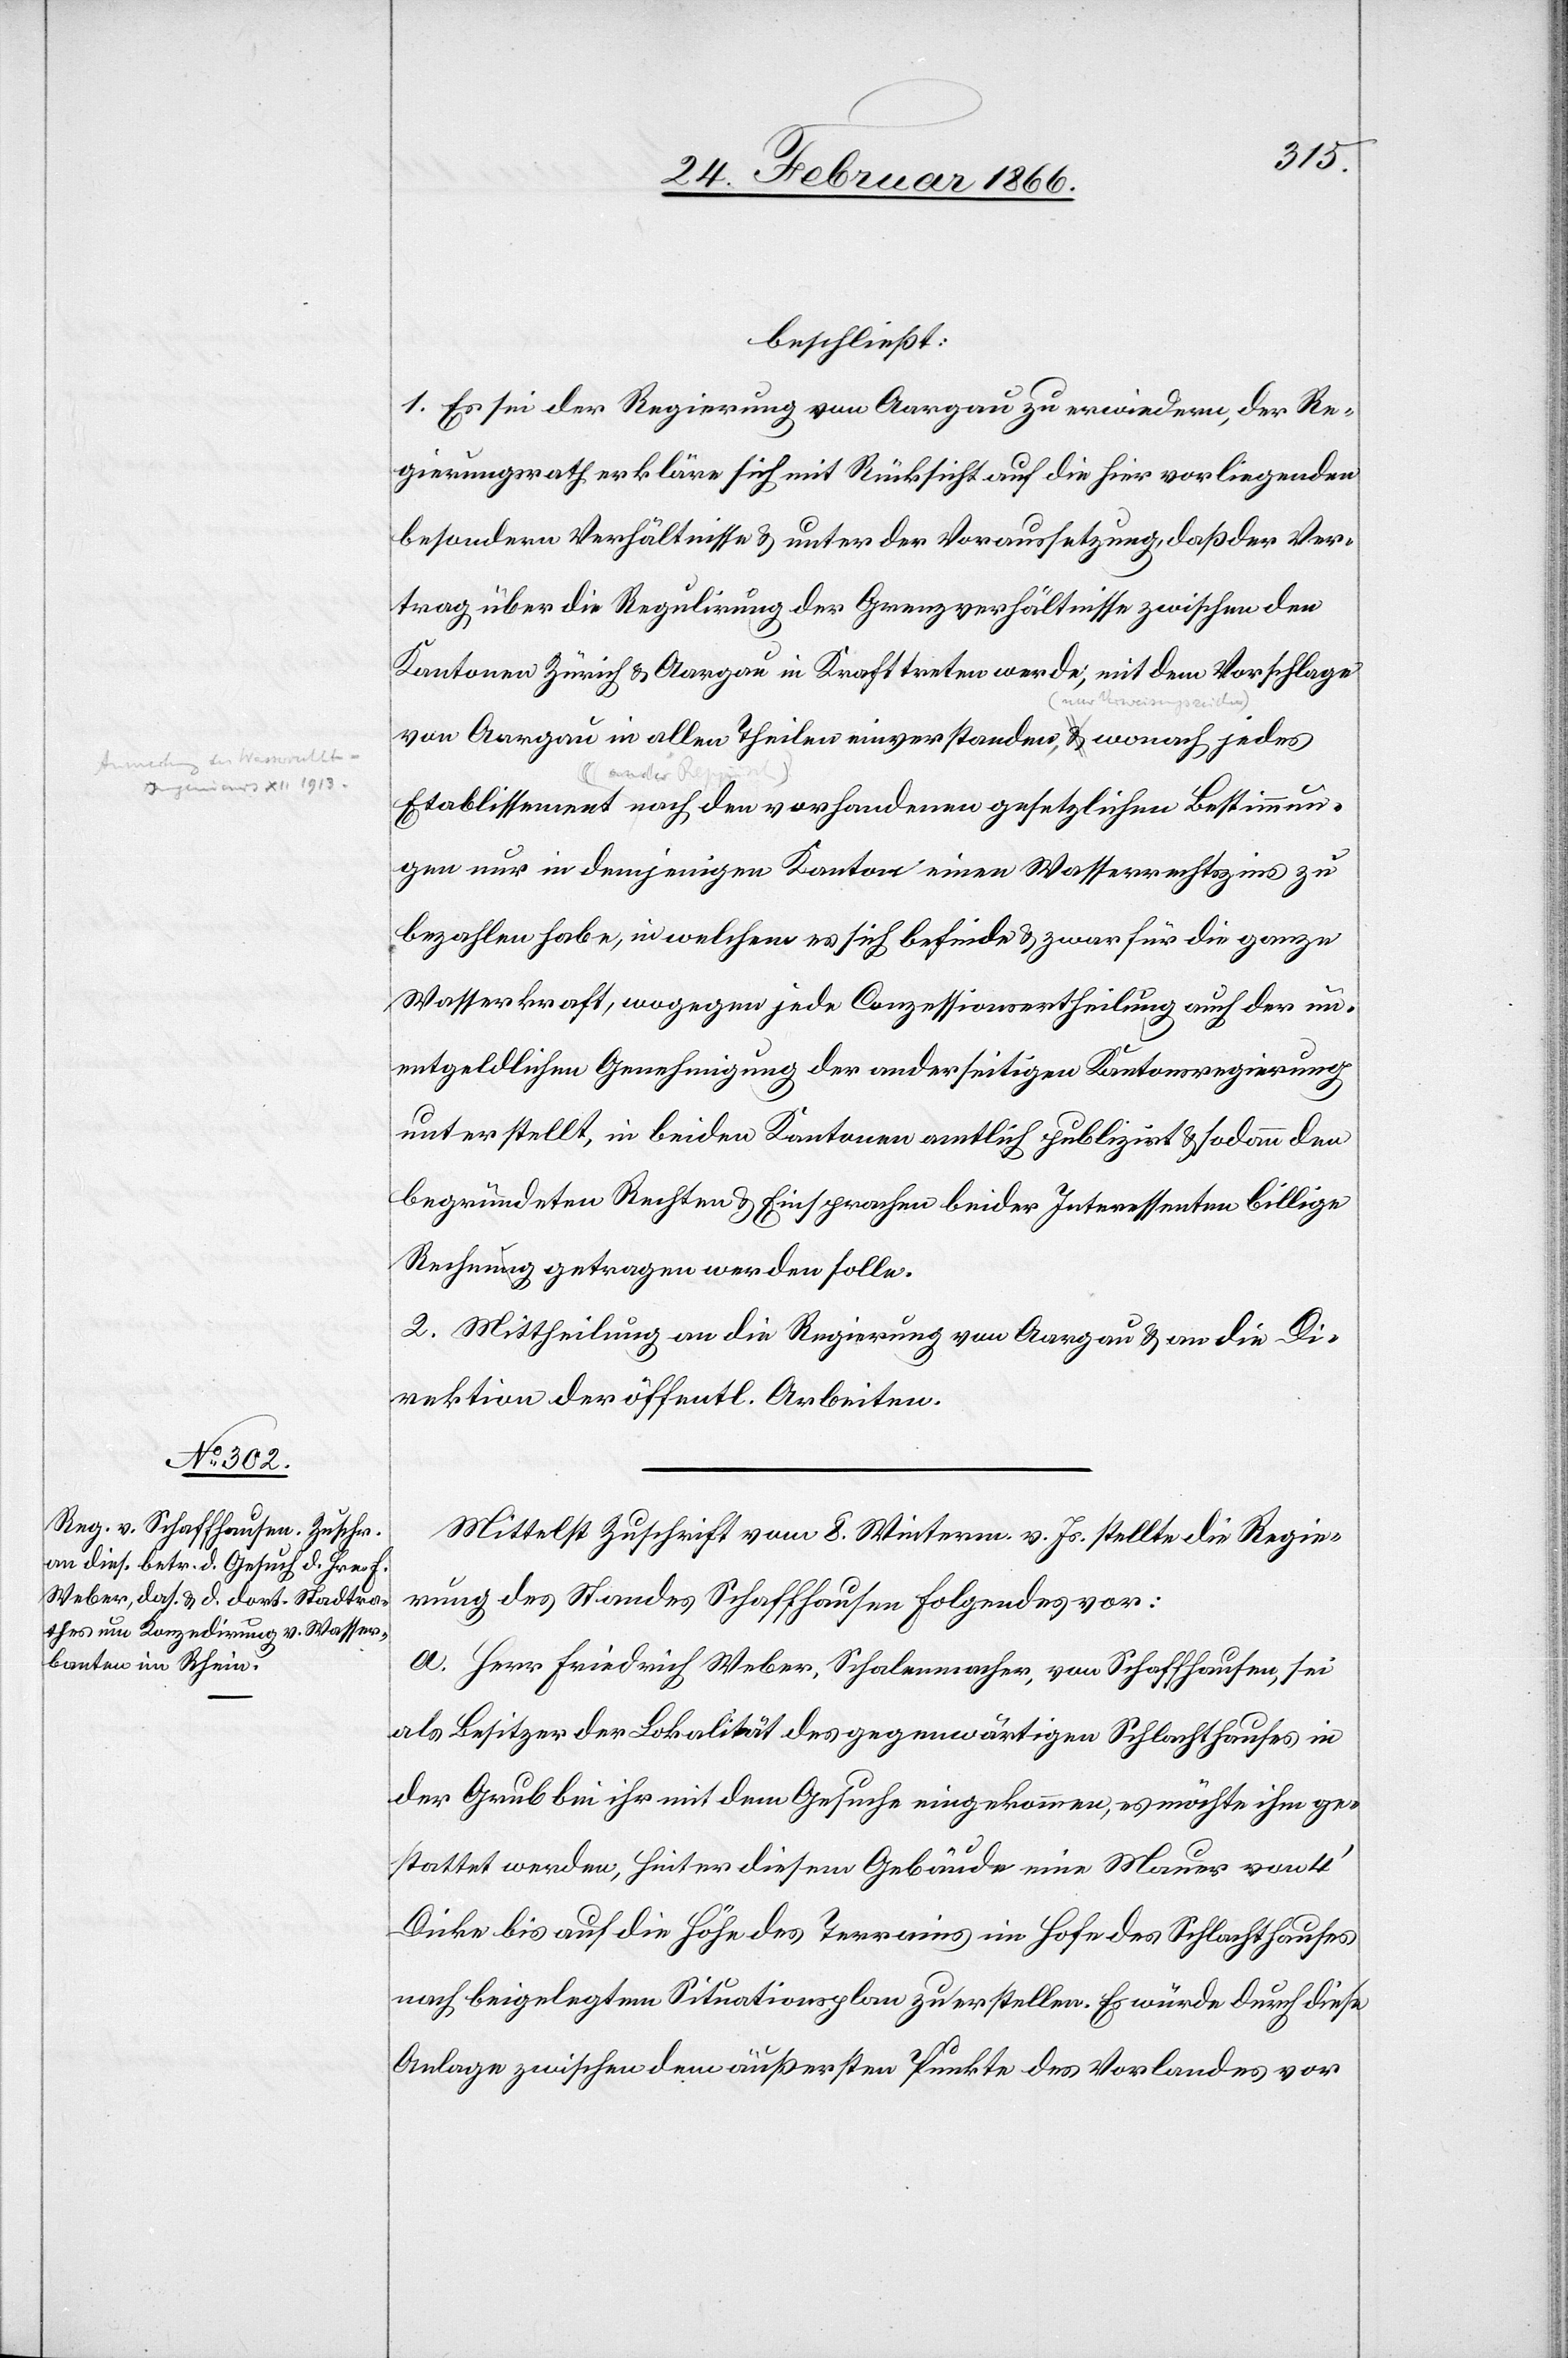
beschließt:
1. Es sei der Regierung von Aargau zu erwiedern, der Re¬
gierungsrath erkläre sich mit Rücksicht auf die hier vorliegenden
besondern Verhältnisse u. unter der Voraussetzung, daß der Ver¬
trag über die Regulirung der Grenzverhältnisse zwischen den
Kantonen Zürich u. Aargau in Kraft treten werde, mit dem Vorschlage
von Aargau in allen Theilen einverstanden, wonach jedes
Etablissement nach den vorhandenen gesetzlichen Bestimmun¬
gen nur in demjenigen Kanton einen Wasserrechtszins zu
bezahlen habe, in welchem es sich befinde u. zwar für die ganze
Wasserkraft, wogegen jede Conzessionsertheilung auch der un¬
entgeldlichen Genehmigung der anderseitigen Kantonsregierung
unterstellt, in beiden Kantonen amtlich publizirt u. sodann den
begründeten Rechten u. Einsprachen beider Interessenten billige
Rechnung getragen werden solle.
2. Mittheilung an die Regierung von Aargau u. an die Di¬
rektion der öffentl. Arbeiten.
Mittelst Zuschrift vom 8. Winterm. v. Js. stellte die Regie¬
rung des Standes Schaffhausen folgendes vor:
a. Herr Friedrich Weber, Schalenmacher, von Schaffhausen, sei
als Besitzer der Lokalität des gegenwärtigen Schlachthauses in
der Grub bei ihr mit dem Gesuche eingekommen, es möchte ihm ge¬
stattet werden, hinter diesem Gebäude eine Mauer von
Dicke bis auf die Höhe des Terrains im Hofe des Schlachthauses
nach beigelegtem Situationsplan zu erstellen. Es würde durch diese
Anlage zwischen dem äußersten Punkte des Vorlandes vor